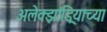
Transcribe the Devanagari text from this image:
अलेक्झांड्रियाच्या